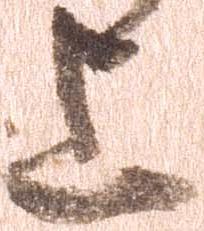
上